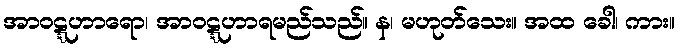
အာဝဋ္ဋဟာရော၊ အာဝဋ္ဋဟာရမည်သည်။ န၊ မဟုတ်သေး။ အထ ခေါ၊ ကား။